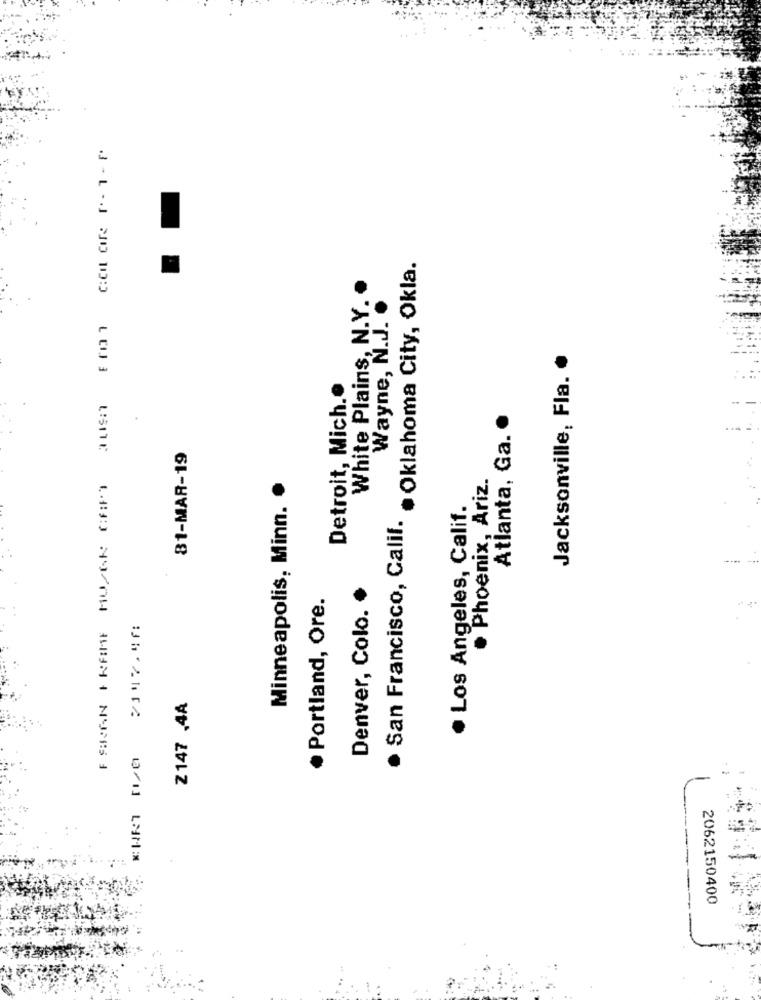
· Oklahoma City, Okla.
White Plains, N.Y. .
Wayne, N.J. .
Jacksonville, Fla ..
Detroit, Mich.
Atlanta, Ga. ·
81-MAR-19
Phoenix, Ariz.
Minneapolis, Minn.
· Los Angeles, Calif.
. San Francisco, Calif.
· Portland, Ore.
Denver, Colo.
2117.46:
Z147 ,4A
2062150400